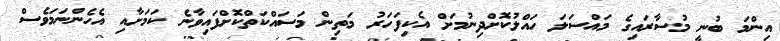
އިންމަ ބުނީ މުސާރައިގެ މައްސަލަ ހައްލުކޮށްދިނުމަށް އެކިފަހަރު މަތިން މަސައްކަތްކޮށްފައިވާނެ ކަމަށާއި އެހެންނަމަވެސް